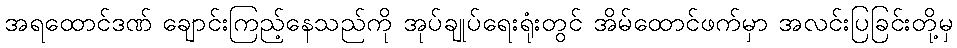
အရထောင်ဒဏ် ချောင်းကြည့်နေသည်ကို အုပ်ချုပ်ရေးရုံးတွင် အိမ်ထောင်ဖက်မှာ အလင်းပြခြင်းတို့မှ